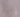
غير